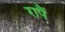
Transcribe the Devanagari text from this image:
रापैं